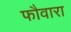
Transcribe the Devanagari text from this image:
फौवारा